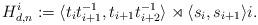
LaTeX: \begin{align*}H^{i}_{d,n} := \langle t_i t_{i+1}^{-1}, t_{i+1}t_{i+2}^{-1} \rangle \rtimes \langle s_i, s_{i+1} \rangle i.\end{align*}